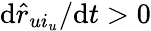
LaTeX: \mathrm{d}\hat{{r}}_{ui_{u}}/\mathrm{d}t>0